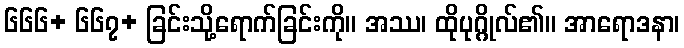
၆၆၆+ ၆၆၇+ ခြင်းသို့ရောက်ခြင်းကို။ အဿ၊ ထိုပုဂ္ဂိုလ်၏။ အာရောဒနာ၊